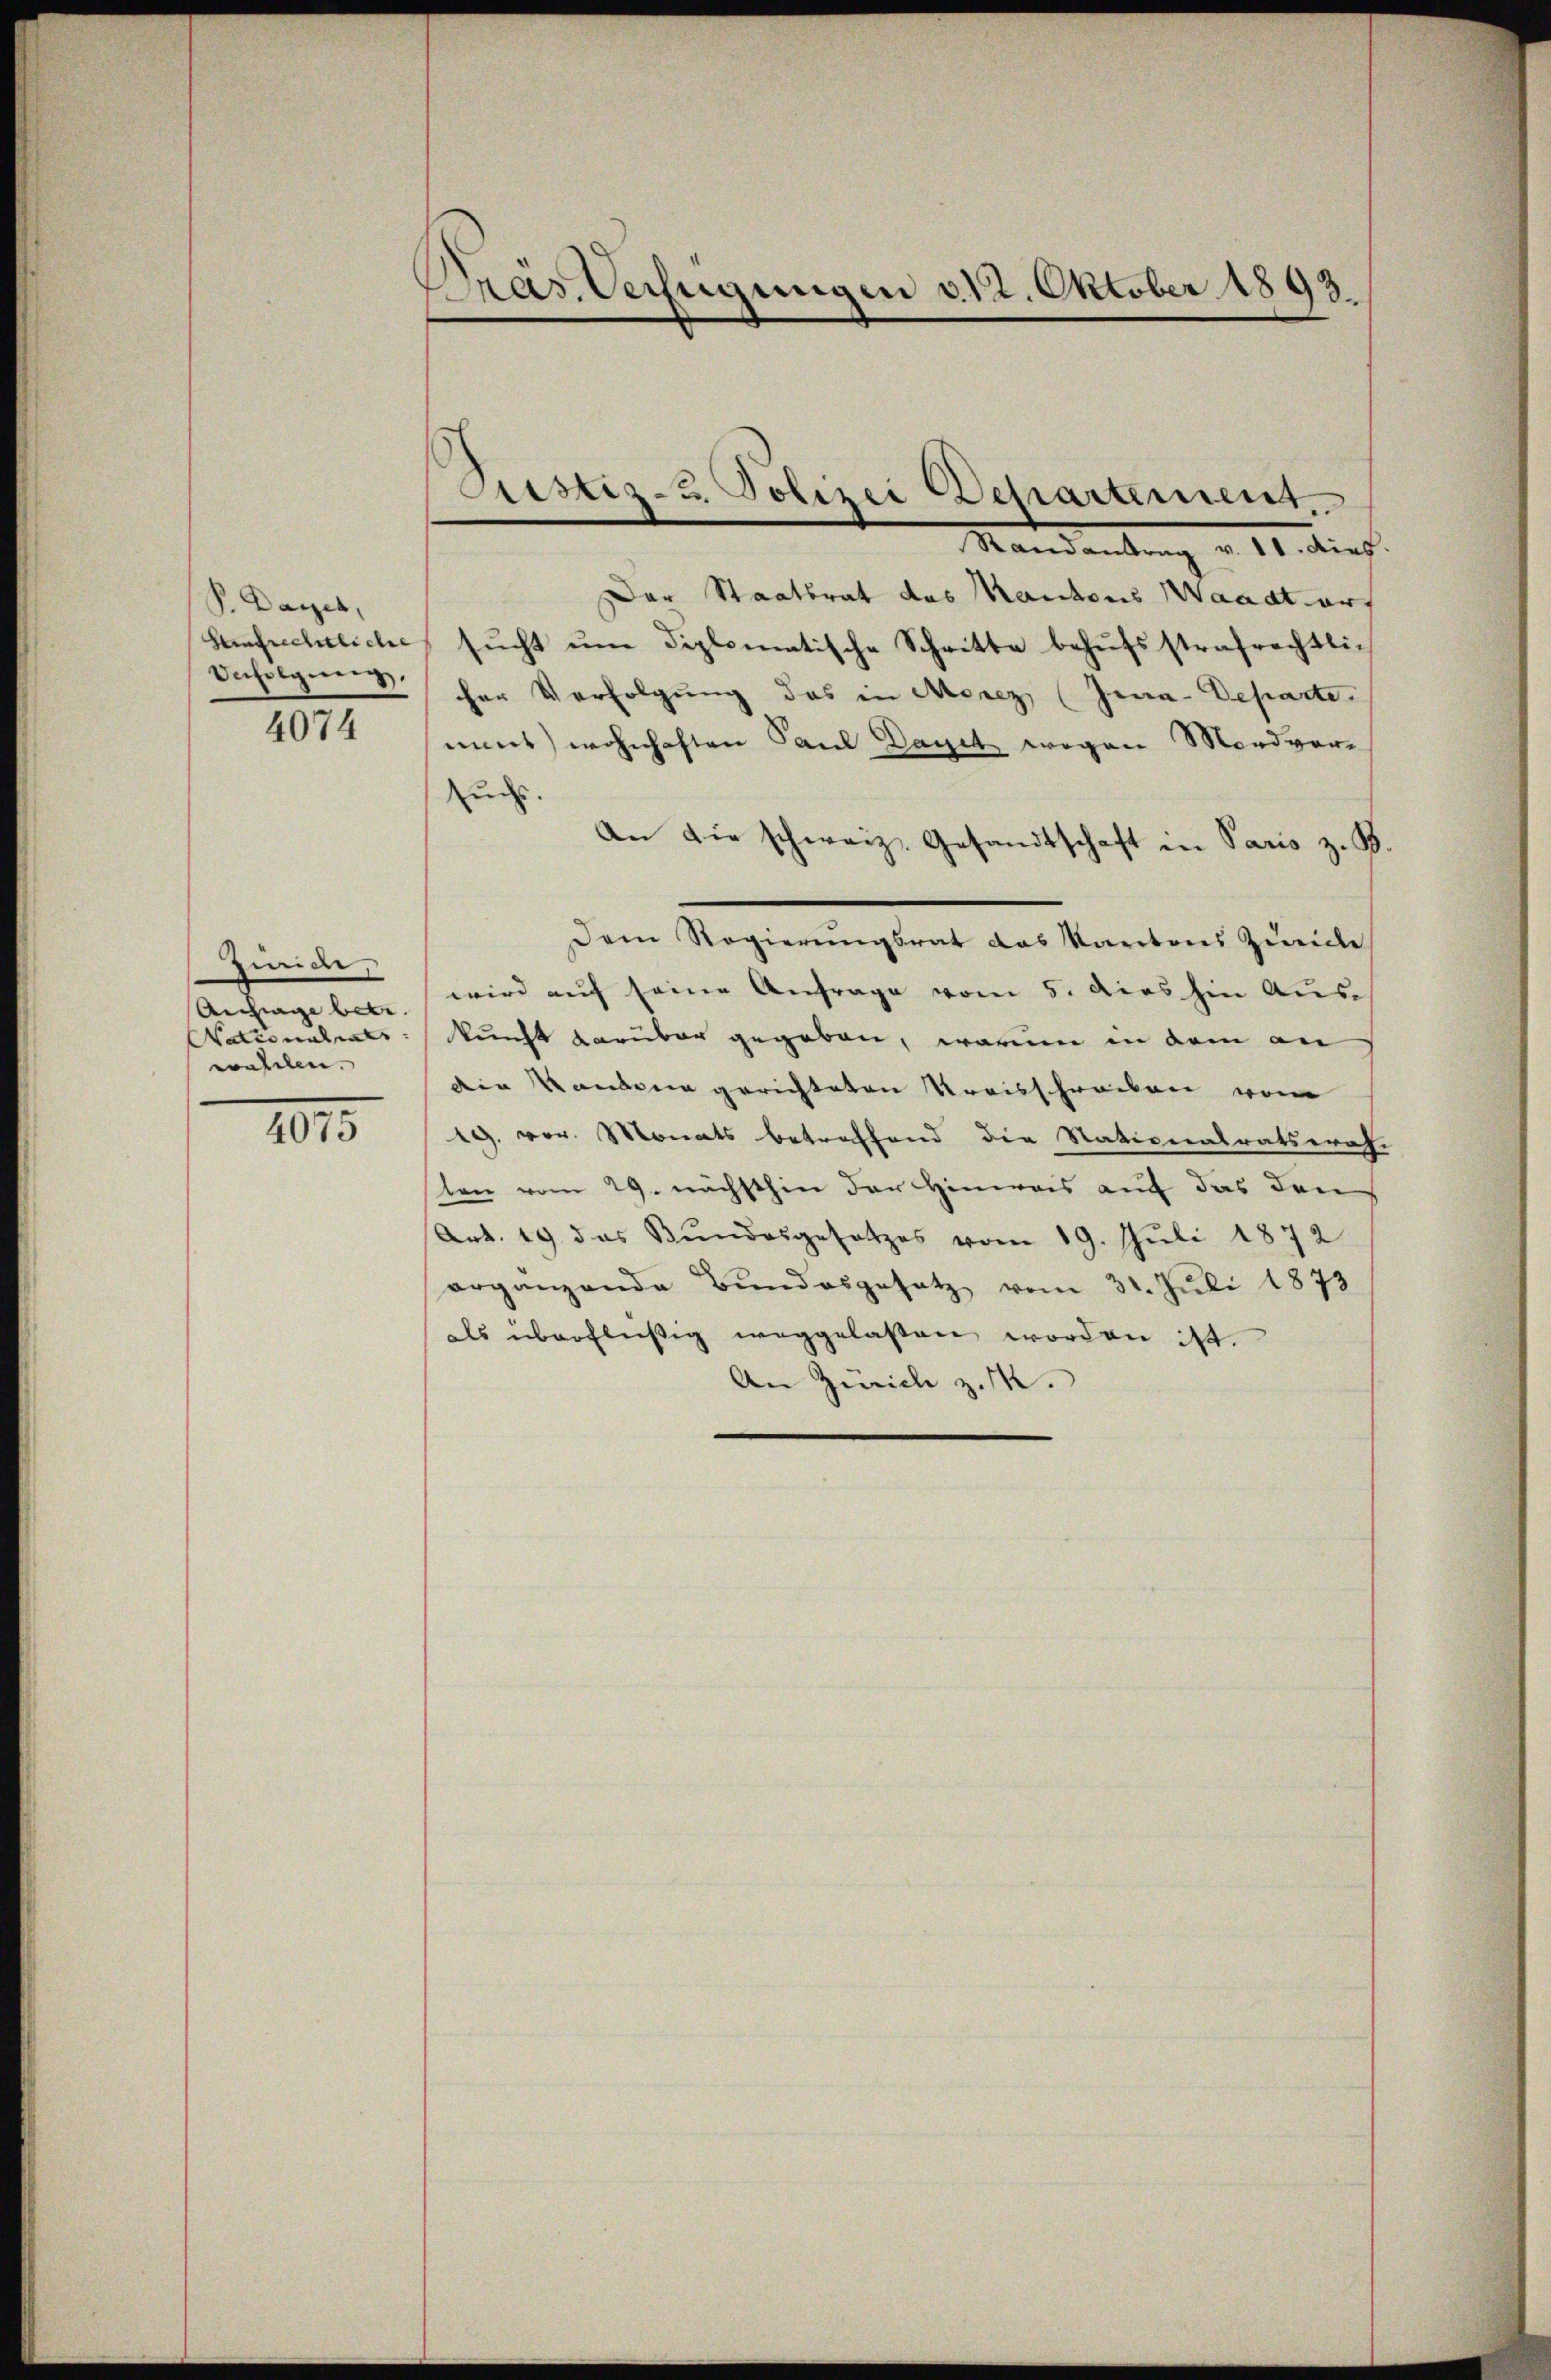
P. Bayer,
Heinrechtliche
Vecholgieng,

4074

Zinide,
Anfrage betr.
Nationalrats
wehlen.

4075

Das Verfügungen v. 12. Oktober 1893

Justiz- u. Polizei Departement.
Mandantrag v. 11. dies

Der Staatsrat das Mantons Waadt ers
sŭcht ŭm diplomatische Schritte behŭfsstrafrechtli-
er Verfolgung des in Morez (Jea-Departe.
mmt) wohnhaften Paul Daget wegen Mordveruch.
An die schweiz. Gesandtschaft in Paris z. B.
Dem Regierŭngsrat das Kantons Zürich
wird auf seine Anfrage vom 5. dies hin Aus-
kunft darüber gegeben, warum in dem an
die Kanden gerichteten Kreisschreiben vom
19. vor. Monats betreffend die Nationalratswah-
len vom 29. nächsthin der Hinweis auf das den
(Art. 19. das Bundesgesetzes vom 19. Juli 1872
erganzende Bŭndesgesetz vom 31. Juli 1873
als überflüßig weggelassen worden ist.
An Zürich z. 14.